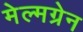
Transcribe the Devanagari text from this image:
मेल्मग्रेन